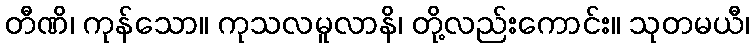
တီဏိ၊ ကုန်သော။ ကုသလမူလာနိ၊ တို့လည်းကောင်း။ သုတမယီ၊